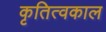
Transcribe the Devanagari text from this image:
कृतित्वकाल